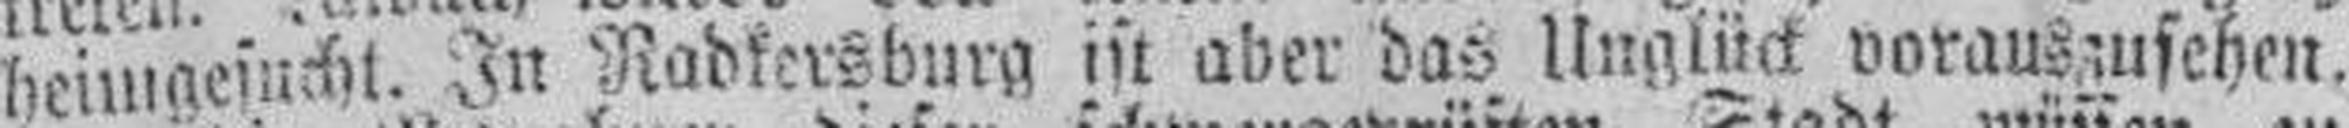
heimgesucht. In Radkersburg ist aber das Unglück vorauszusehen